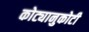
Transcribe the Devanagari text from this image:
कोट्यानुकोटी